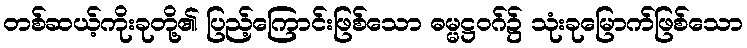
တစ်ဆယ့်ကိုးခုတို့၏ ပြည့်ကြောင်းဖြစ်သော ဓမ္မဋ္ဌဝဂ်၌ သုံးခုမြောက်ဖြစ်သော